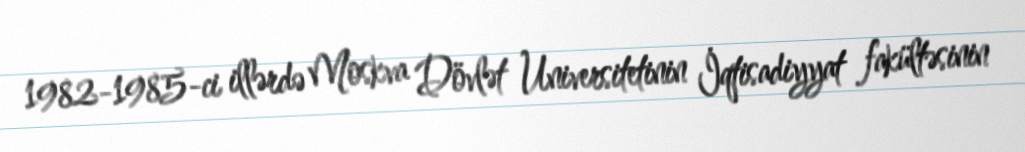
1982-1985-ci illərdə Moskva Dövlət Universitetinin İqtisadiyyat fakültəsinin